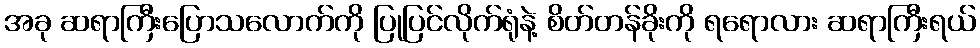
အခု ဆရာကြီးပြောသလောက်ကို ပြုပြင်လိုက်ရုံနဲ့ စိတ်တန်ခိုးကို ရရောလား ဆရာကြီးရယ်